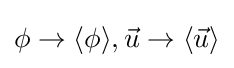
{\textstyle \phi \rightarrow \langle \phi \rangle ,{\vec {u}}\rightarrow \langle {\vec {u}}\rangle }